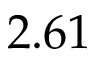
2 . 6 1